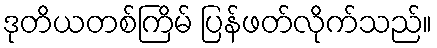
ဒုတိယတစ်ကြိမ် ပြန်ဖတ်လိုက်သည်။